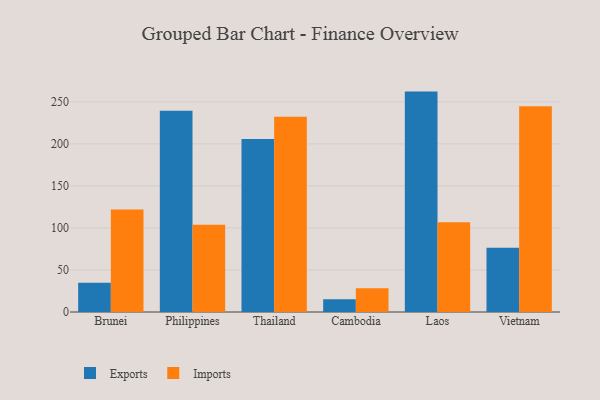
{"axis": {"x": "Country", "y": "Latency (ms)"}, "legend": ["Exports", "Imports"], "data": [{"x": "Brunei", "y": 34.8, "type": "Exports"}, {"x": "Brunei", "y": 121.9, "type": "Imports"}, {"x": "Philippines", "y": 239.5, "type": "Exports"}, {"x": "Philippines", "y": 103.7, "type": "Imports"}, {"x": "Thailand", "y": 205.9, "type": "Exports"}, {"x": "Thailand", "y": 232.4, "type": "Imports"}, {"x": "Cambodia", "y": 15.2, "type": "Exports"}, {"x": "Cambodia", "y": 28.2, "type": "Imports"}, {"x": "Laos", "y": 262.2, "type": "Exports"}, {"x": "Laos", "y": 106.7, "type": "Imports"}, {"x": "Vietnam", "y": 76.5, "type": "Exports"}, {"x": "Vietnam", "y": 244.8, "type": "Imports"}]}